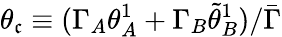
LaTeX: \theta_{\mathfrak{c}}\equiv(\Gamma_{A}\theta_{A}^{1}+\Gamma_{B}\tilde{{\theta}}_{B}^{1})/\bar{{\Gamma}}